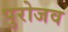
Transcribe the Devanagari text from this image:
पुरोजव